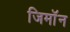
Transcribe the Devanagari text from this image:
जिमाॅन